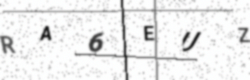
Text: RA6EUZ